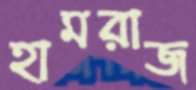
হামরাজ